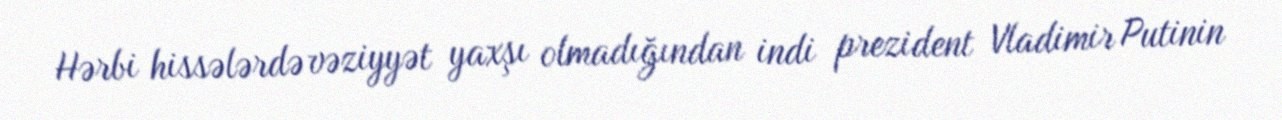
Hərbi hissələrdə vəziyyət yaxşı olmadığından indi prezident Vladimir Putinin